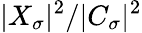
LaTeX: |X_{\sigma}|^{2}/|C_{\sigma}|^{2}